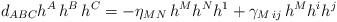
LaTeX: \begin{align*}d_{ABC}h^A\,h^B\,h^C=-\eta_{MN}\,h^Mh^Nh^1 + \gamma_{M\,ij}\, h^Mh^ih^j\end{align*}